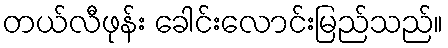
တယ်လီဖုန်း ခေါင်းလောင်းမြည်သည်။